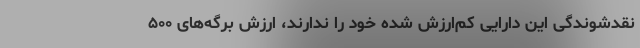
نقدشوندگی این دارایی کم‌ارزش شده خود را ندارند، ارزش برگه‌های ۵۰۰